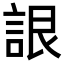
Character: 詪